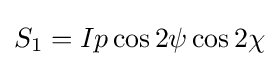
S_{1}=Ip\cos 2\psi \cos 2\chi